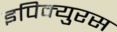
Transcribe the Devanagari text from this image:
इपिक्युरस